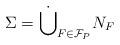
LaTeX: \begin{align*} \Sigma = \dot\bigcup_{F \in \mathcal{F}_P} N_F\end{align*}